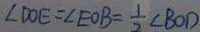
\angle D O E = \angle E O B = \frac { 1 } { 2 } \angle B O D